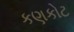
કણકોટ